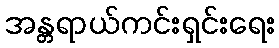
အန္တရာယ်ကင်းရှင်းရေး